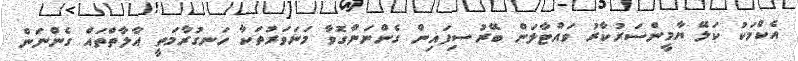
އެކްމަކު ކަލޭ ޔާމީންސަރުކާރު ވައްޓާލަން ބޭރުސިފައިން ގެންނަންގޮވާ މަނަވަރުތަކާ ހަނގުރާމަތީ އާލާތްތައް ގެންނަން